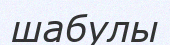
шабулы